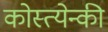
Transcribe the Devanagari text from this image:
कोस्त्येन्की